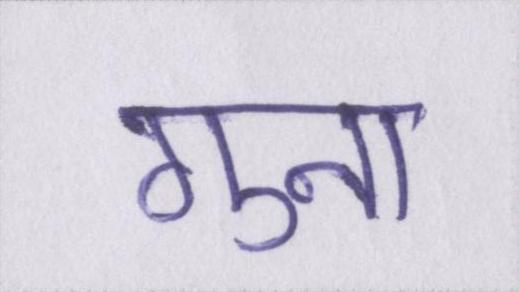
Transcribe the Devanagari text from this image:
गुना